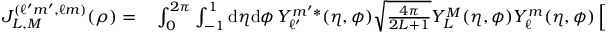
\begin{array} { r l } { J _ { L , M } ^ { ( \ell ^ { \prime } m ^ { \prime } , \ell m ) } ( \rho ) = } & { { } \int _ { 0 } ^ { 2 \pi } \int _ { - 1 } ^ { 1 } \mathrm { d } \eta \mathrm { d } \phi \, Y _ { \ell ^ { \prime } } ^ { m ^ { \prime } * } ( \eta , \phi ) \sqrt { \frac { 4 \pi } { 2 L + 1 } } Y _ { L } ^ { M } ( \eta , \phi ) Y _ { \ell } ^ { m } ( \eta , \phi ) \left[ \rho ( \rho + R ) + \frac { R ^ { 2 } } { 4 } ( 1 - \eta ^ { 2 } ) \right] . } \end{array}